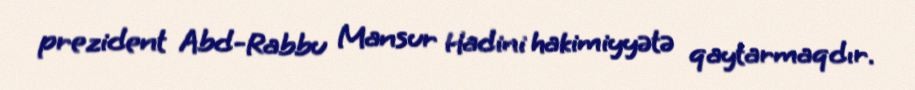
prezident Abd-Rabbu Mansur Hadini hakimiyyətə qaytarmaqdır.